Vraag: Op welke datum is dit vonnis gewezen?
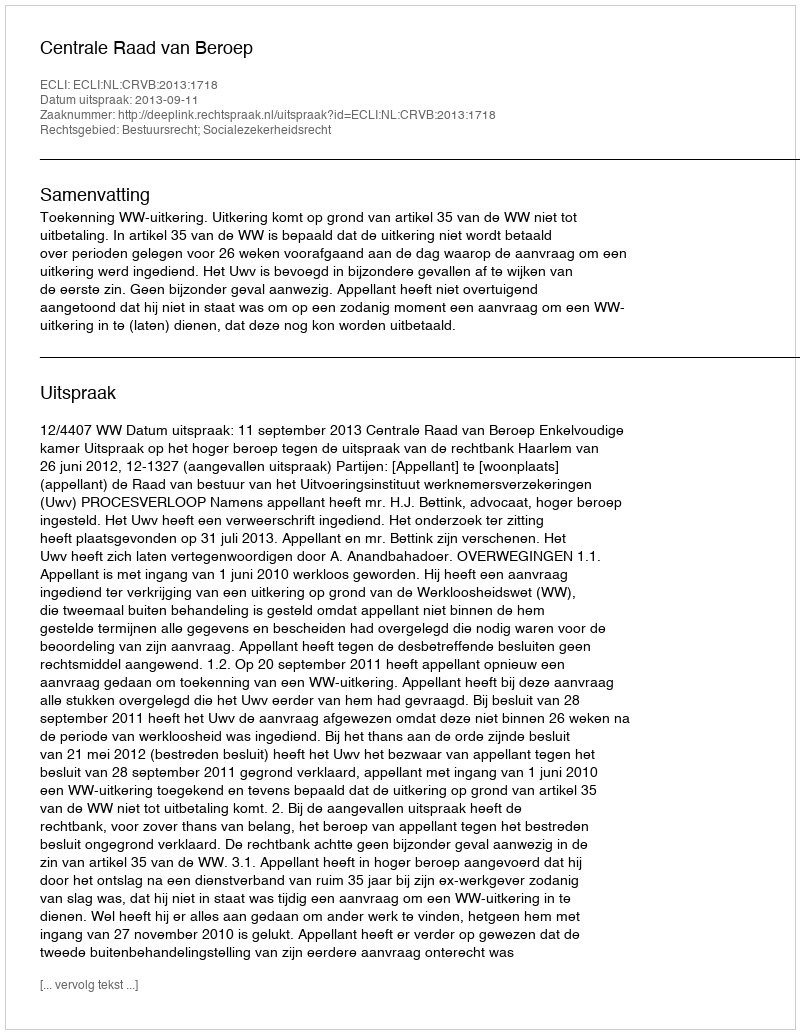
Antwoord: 2013-09-11